65_HS1-834228961_62-HQ-83894_Section_10
Agency: FBI
Page 68
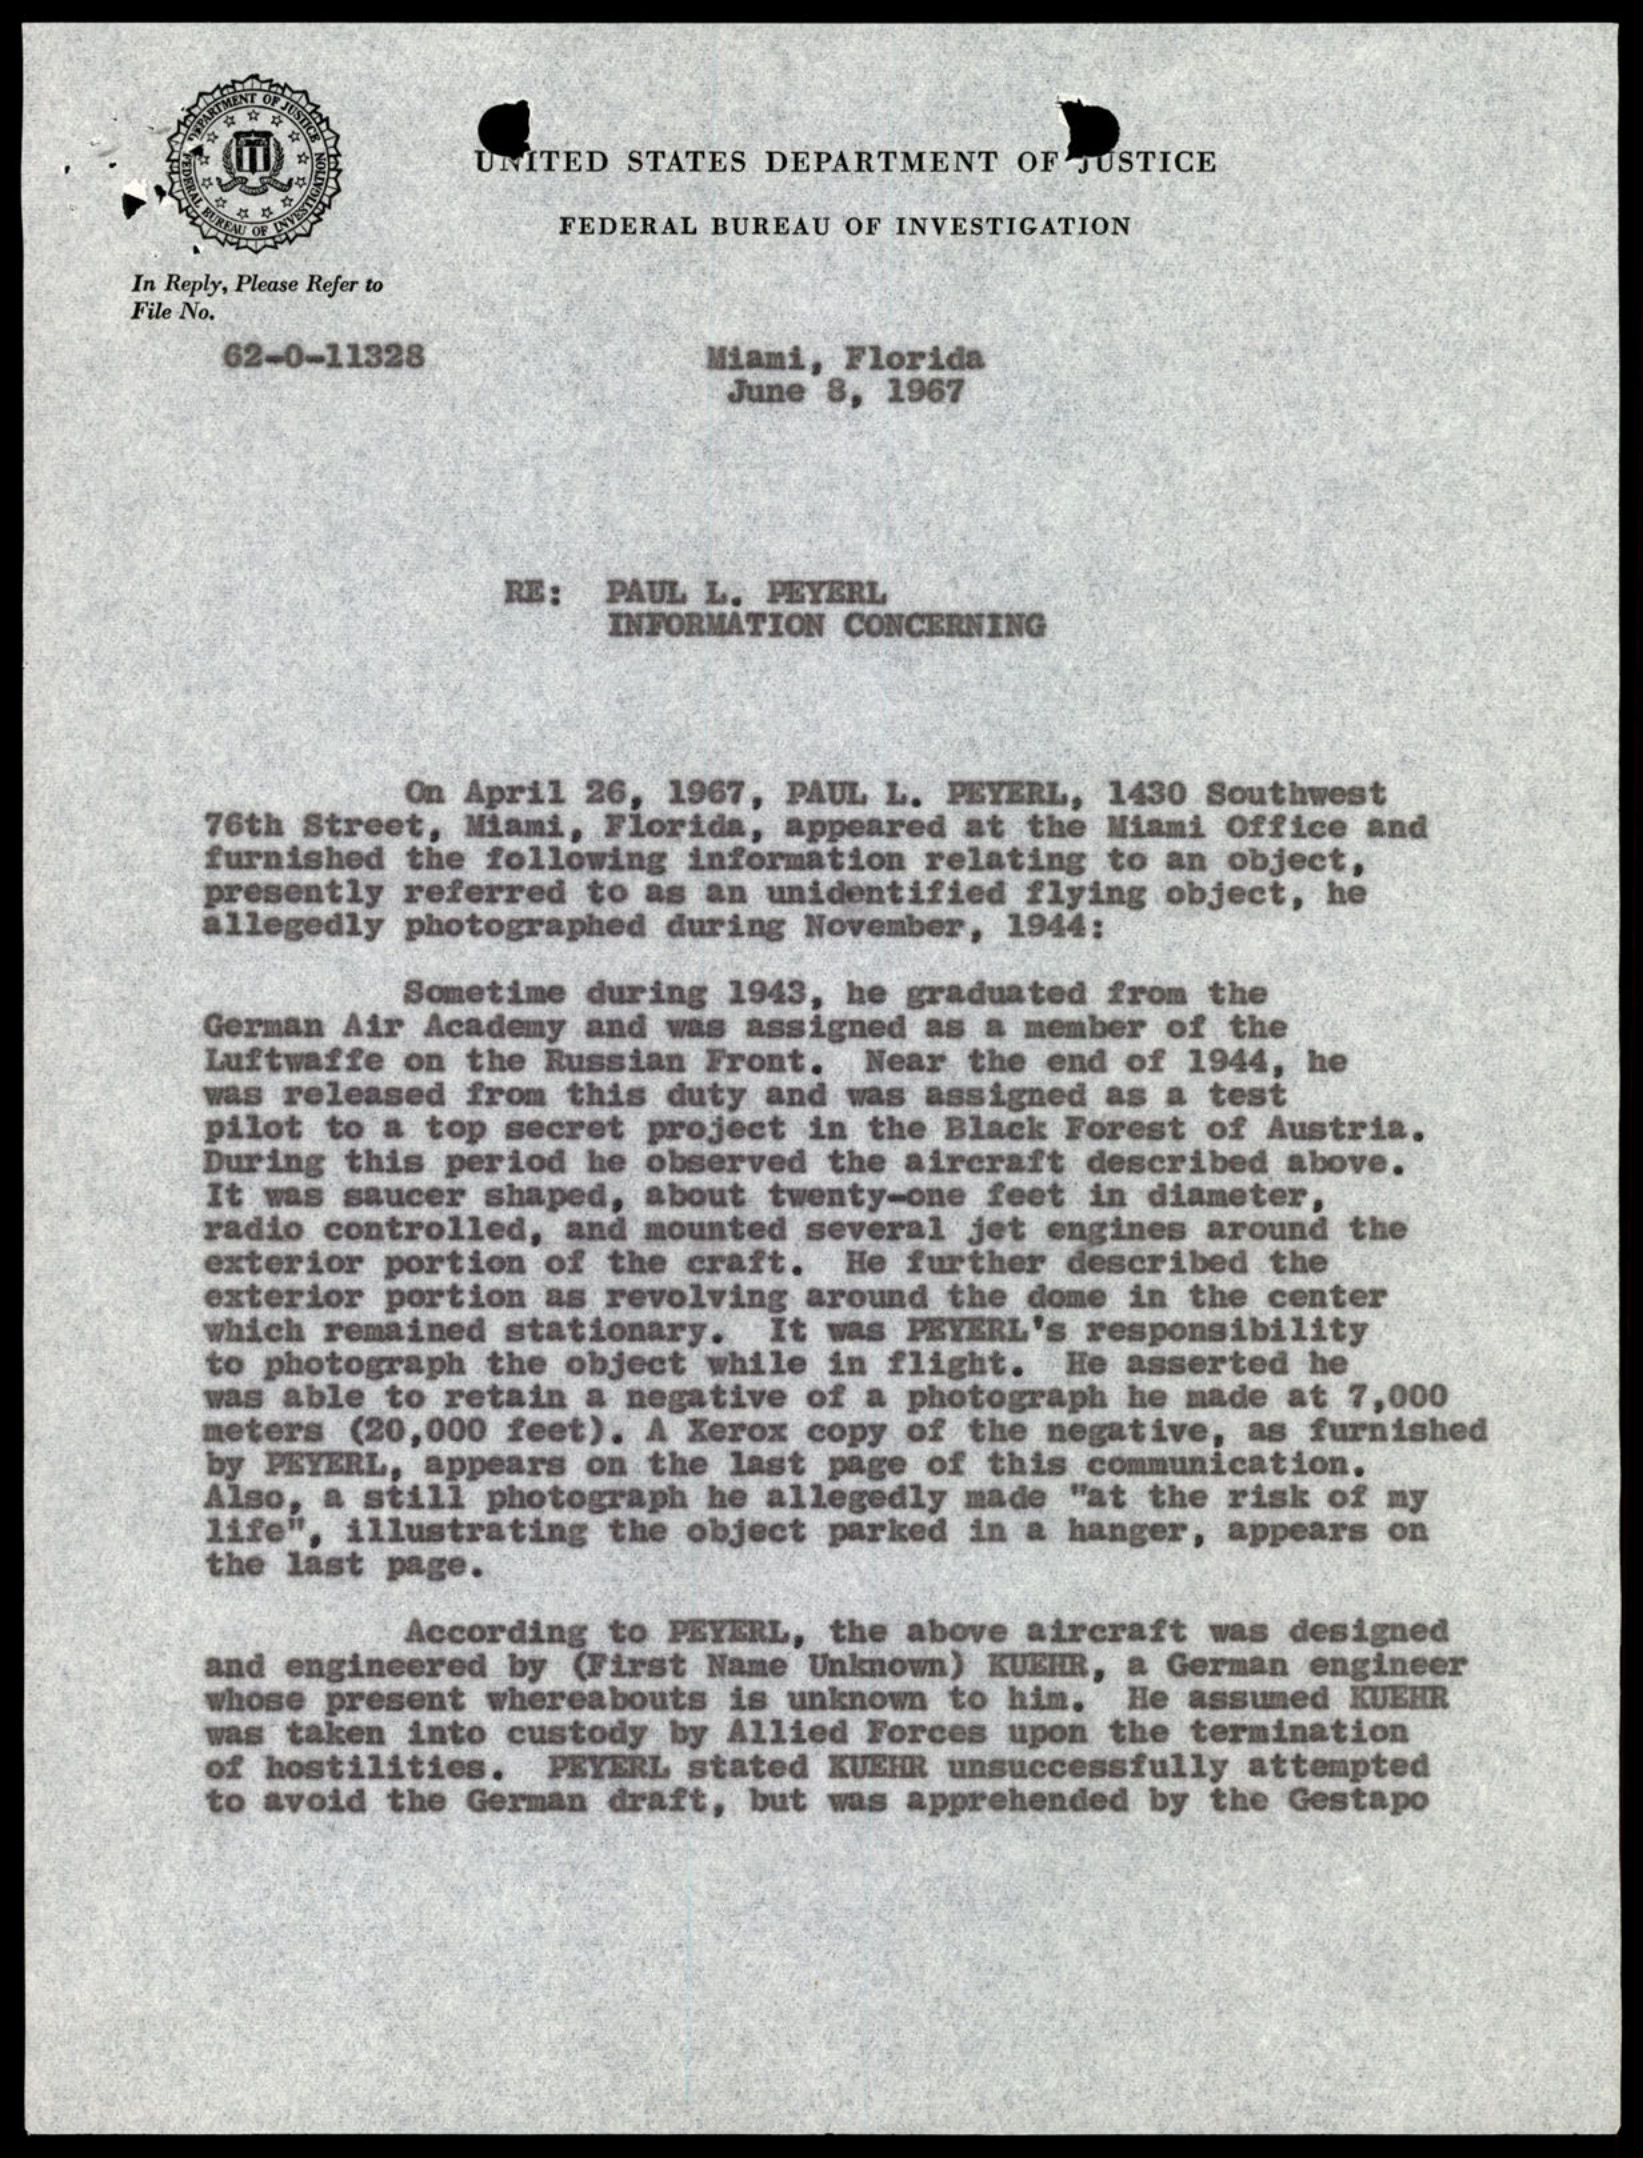